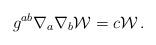
LaTeX: \begin{align*}g^{ab}\nabla_a\nabla_b {\cal W} = c{\cal W}\,.\end{align*}